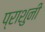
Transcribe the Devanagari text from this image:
प्राशुनी